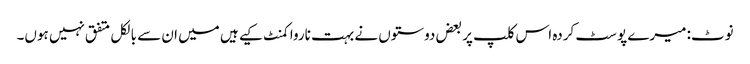
نوٹ: میرے پوسٹ کردہ اس کلپ پر بعض دوستوں نے بہت ناروا کمنٹ کیے ہیں میں ان سے بالکل متفق نہیں ہوں۔